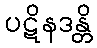
ပဋိနဒန္တိ